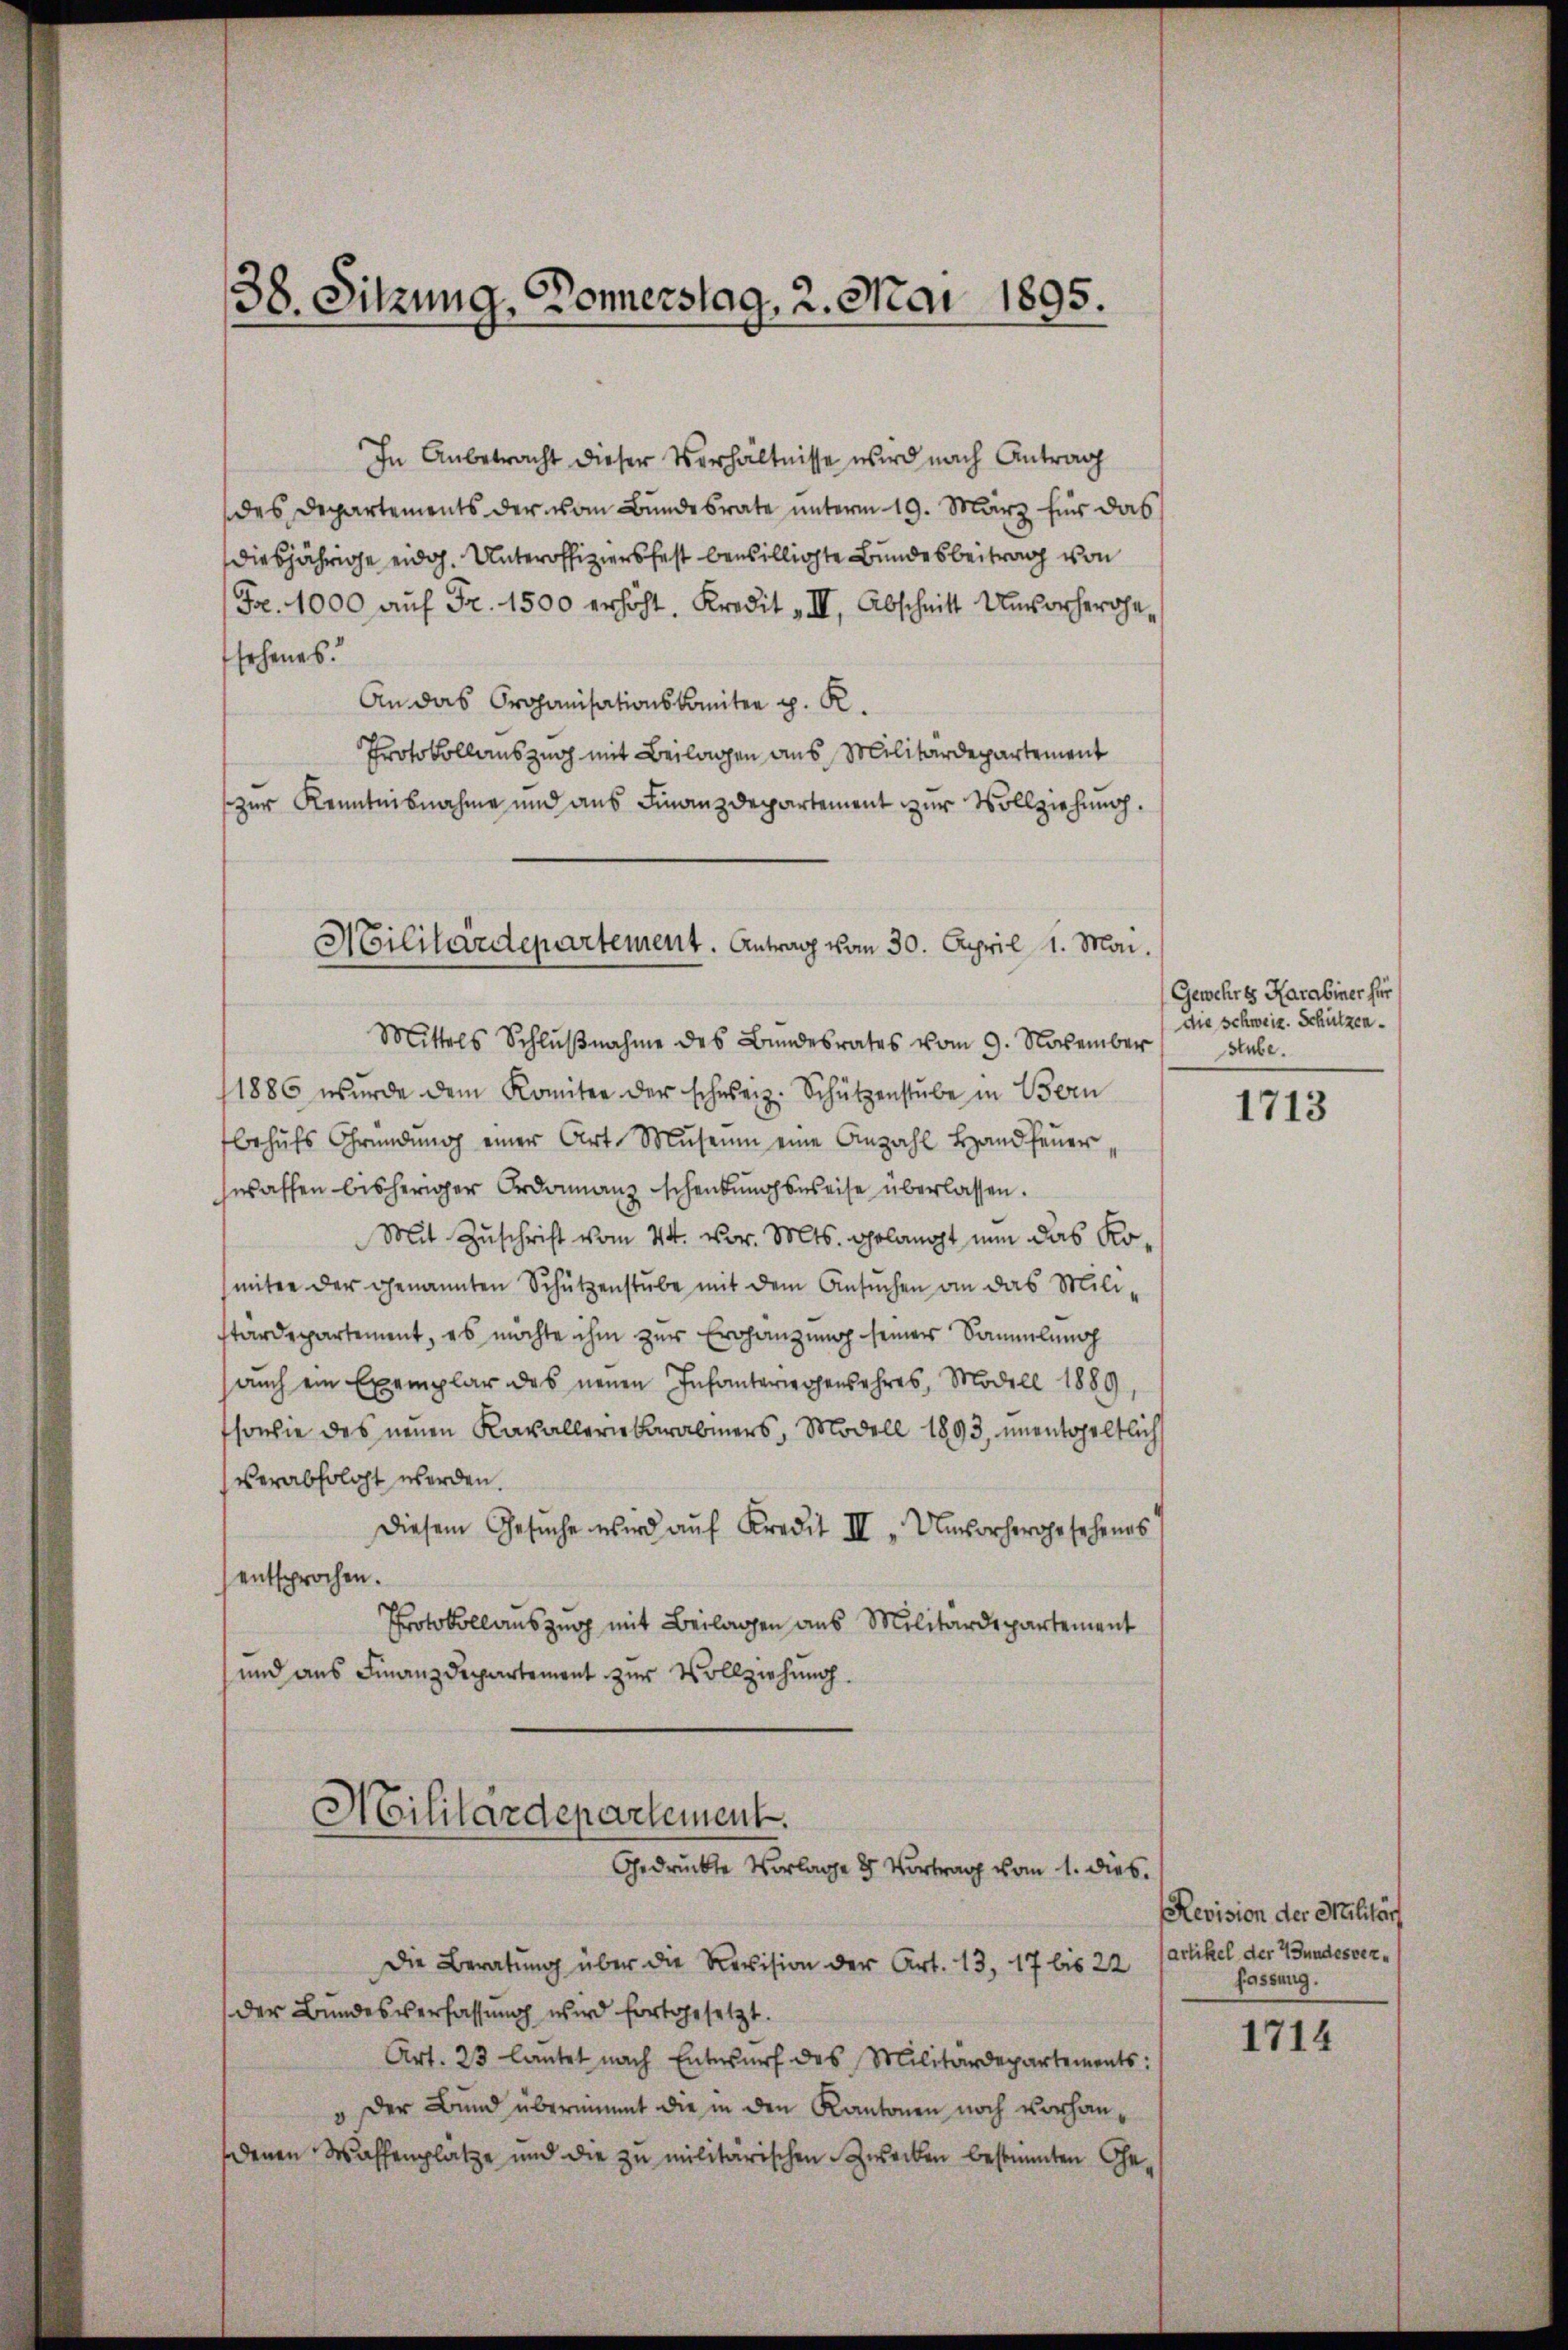
38. Sitzung, Donnerstag, 2. Mai 1895.

In Anbetracht dieser Verhältnisse wird nach Antrag
des Departements der vom Bundesrate unterm 19. März für das
diesjährige eidg. Unteroffiziersfest bewilligte Bundesbeitrag von
Fr. 1000 aŭf Fr. 1500 erhöht, Kredit III, Abschnitt Unvorhergesehenes.
An das Organisationskomitee p. R.
Protokollauszug mit Beilagen aus Militärdepartement
zur Kenntnisnahme und aus Finanzdepartement zur Vollziehung.

Militärdepartement. Antrag vom 30. April 1. Mai.

Mittels Schlŭβnahme des Bundesrates vom 9. November
1886 wŭrde dem Komitee der schweiz. Schützenstube in Bern
behŭfs Gründŭng einer Art. Museum eine Anzahl Hand feŭer
swassen bisheriger Ordonanz schenkungsweise überlassen.
Mit Zuschrift vom 24. vor. Mts. gelangt nun das Komiter der genannten Schützenstube mit dem Ansŭchen an das Milistardepartement, es möchte ihm zur Erhängung seiner Sammlung
aŭch ein Exemplar des neuen Infanteriegensahres, Modell 1889,
fsowie des neuen Kavallerikarabmers, Modell 1893, unentgeltlich
verabfolgt werden.
Diesem Gesŭche wird aŭf Kredit III. Unvorhergesehenes
entsprochen.
Protokollauszug mit Beilagen aus Militärdepartement
und aus Finanzdepartement zur Vollziehung.

Militärdepartement.
Gedrückte Vorlage & Vortrag vom 1. dies

Die Beratung über die Revision der Art. 13, 17 bis 22
Art. 23 lautet nach Entwurf des Militärdepartements:
v der Bund übernimmt die in den Kantonen noch vorhandenen Waffenplätze und die zu militärischen Zwecken bestimten Ge¬

Gewehres Harabiner für
die schweiz. Schützen.
stube.

der Bundesverfassung wird fortgesetzt.

1713

Revision der Militär
Artikel der 7 Jundesverfassung.

1714